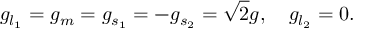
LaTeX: g _ { l _ { 1 } } = g _ { m } = g _ { s _ { 1 } } = - g _ { s _ { 2 } } = \sqrt 2 g , \quad g _ { l _ { 2 } } = 0 .